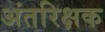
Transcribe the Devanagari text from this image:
अंतरिक्षक